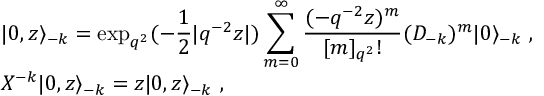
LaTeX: \begin{array} { l } { { \vert 0 , z \rangle _ { - k } = \displaystyle \exp _ { q ^ { 2 } } ( - \frac { 1 } { 2 } | q ^ { - 2 } z | ) \sum _ { m = 0 } ^ { \infty } \frac { ( - q ^ { - 2 } z ) ^ { m } } { [ m ] _ { q ^ { 2 } } ! } ( { \cal D } _ { - k } ) ^ { m } \vert 0 \rangle _ { - k } ~ , } } \\ { { { \cal X } ^ { - k } \vert 0 , z \rangle _ { - k } = z \vert 0 , z \rangle _ { - k } ~ , } } \end{array}